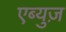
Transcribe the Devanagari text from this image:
एब्युज़